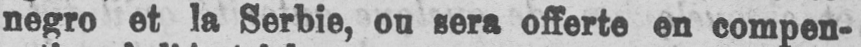
negro et la Serbie, ou sera offerte en compen-